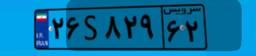
۱۴S۳۳۶۱۷